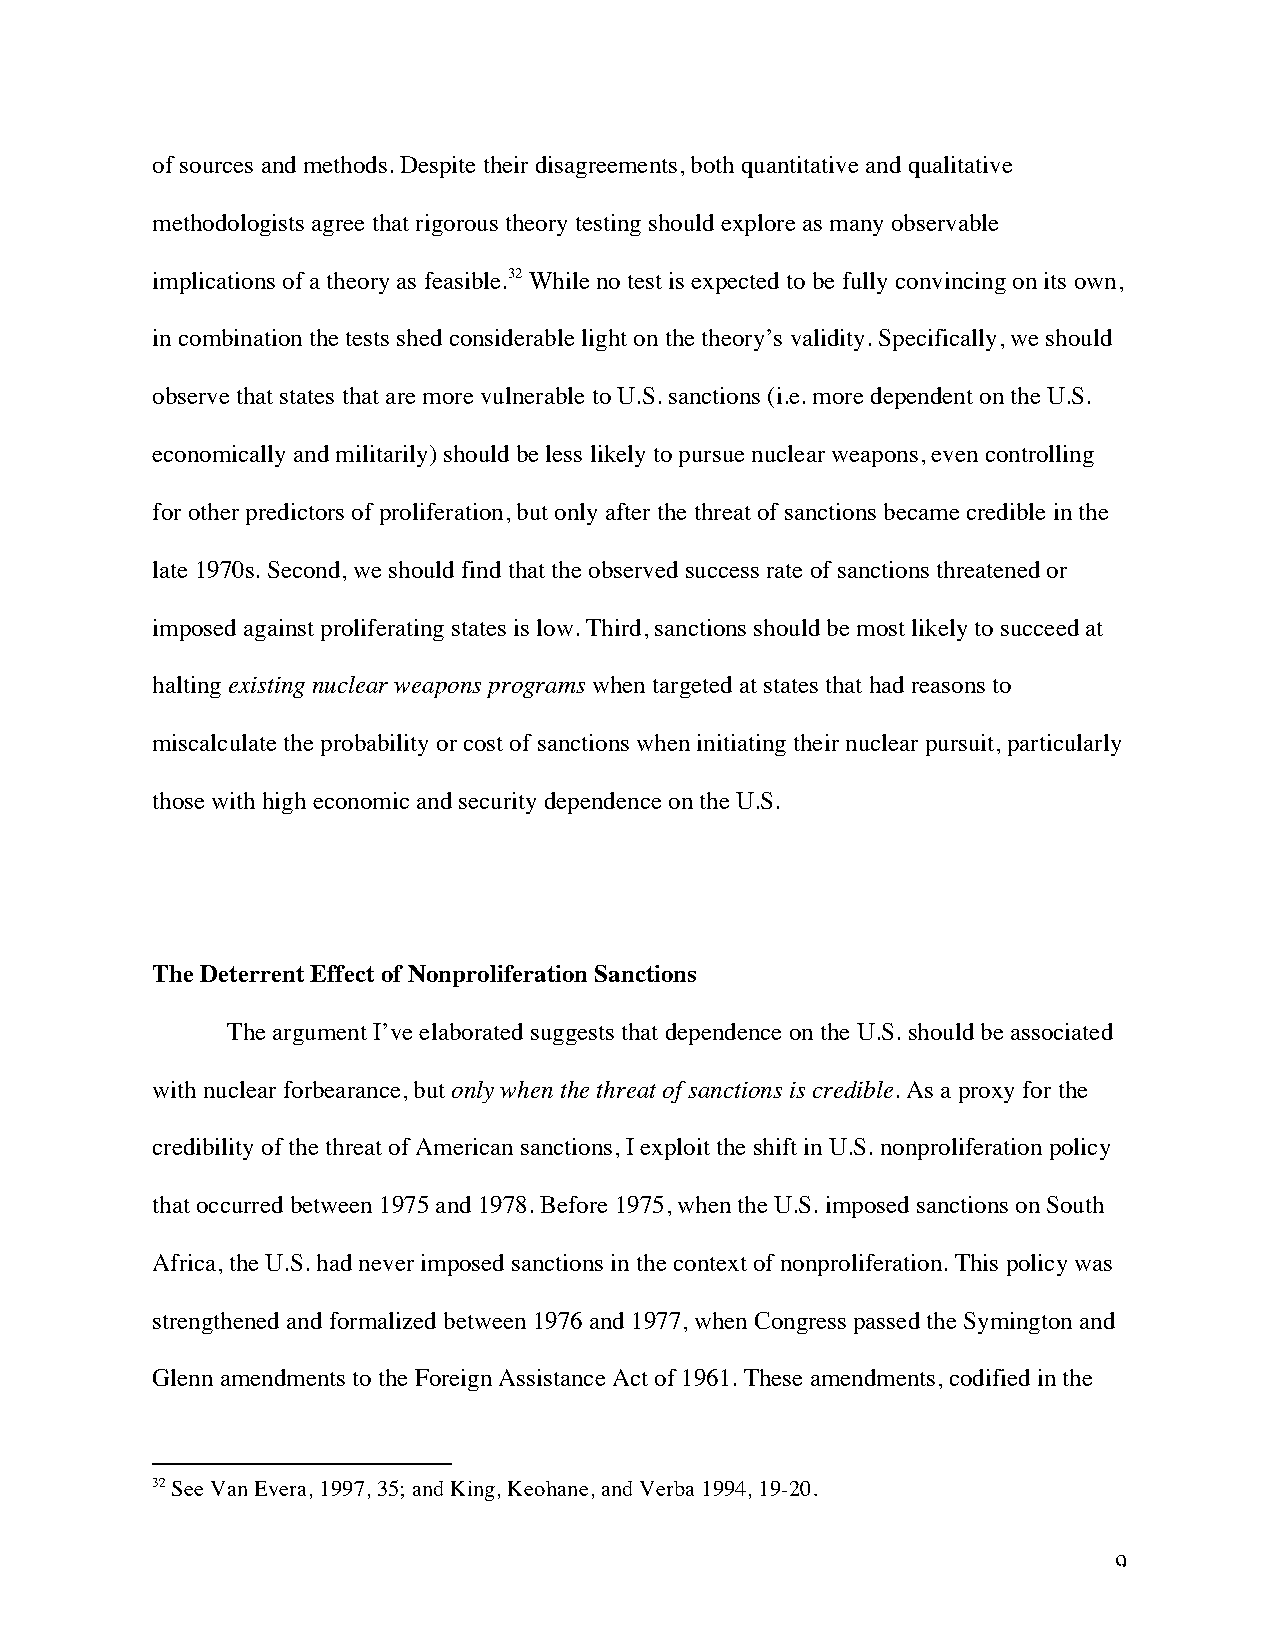
of sources and methods. Despite their disagreements, both quantitative and qualitative
 methodologists agree that rigorous theory testing should explore as many observable
 implications of a theory as feasible.32 While no test is expected to be fully convincing on its own,
 in combination the tests shed considerable light on the theory’s validity. Specifically, we should
 observe that states that are more vulnerable to U.S. sanctions (i.e. more dependent on the U.S.
 economically and militarily) should be less likely to pursue nuclear weapons, even controlling
 for other predictors of proliferation, but only after the threat of sanctions became credible in the
 late 1970s. Second, we should find that the observed success rate of sanctions threatened or
 imposed against proliferating states is low. Third, sanctions should be most likely to succeed at
 halting existing nuclear weapons programs when targeted at states that had reasons to
 miscalculate the probability or cost of sanctions when initiating their nuclear pursuit, particularly
 those with high economic and security dependence on the U.S.
 The Deterrent Effect of Nonproliferation Sanctions
 The argument I’ve elaborated suggests that dependence on the U.S. should be associated
 with nuclear forbearance, but only when the threat of sanctions is credible. As a proxy for the
 credibility of the threat of American sanctions, I exploit the shift in U.S. nonproliferation policy
 that occurred between 1975 and 1978. Before 1975, when the U.S. imposed sanctions on South
 Africa, the U.S. had never imposed sanctions in the context of nonproliferation. This policy was
 strengthened and formalized between 1976 and 1977, when Congress passed the Symington and
 Glenn amendments to the Foreign Assistance Act of 1961. These amendments, codified in the
 32 See Van Evera, 1997, 35; and King, Keohane, and Verba 1994, 19-20.
 9